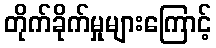
တိုက်ခိုက်မှုများကြောင့်